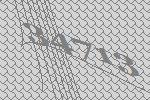
34713